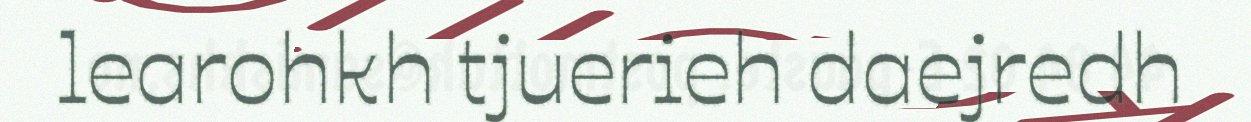
learohkh tjuerieh daejredh